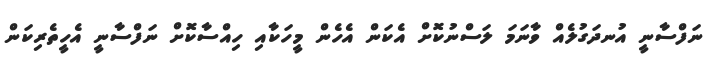
ނަފްސާނީ އުނދަގުލެއް ވާނަމަ ލަސްނުކޮށް އެކަން އެހެން މީހަކާއި ހިއްސާކޮށް ނަފްސާނީ އެހީތެރިކަން